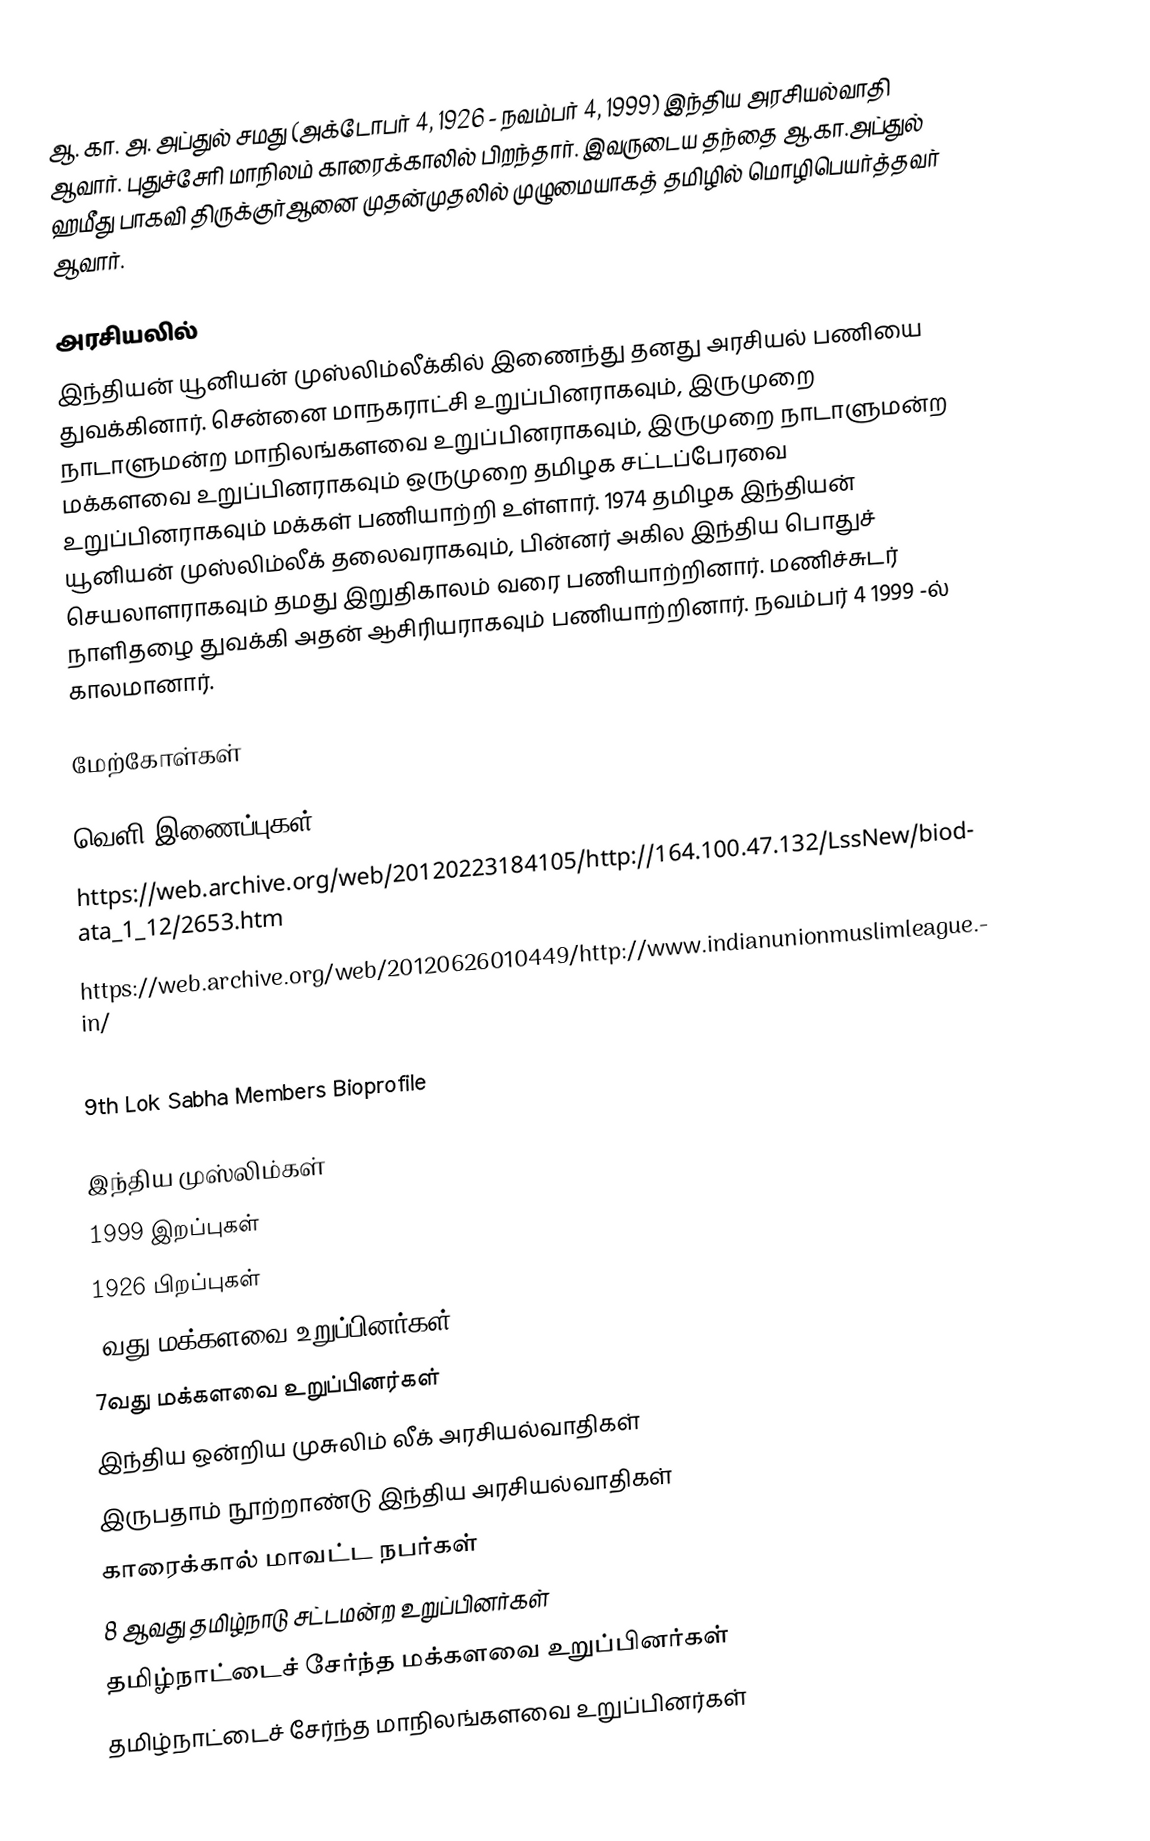
ஆ. கா. அ. அப்துல் சமது (அக்டோபர் 4, 1926 - நவம்பர் 4, 1999) இந்திய அரசியல்வாதி ஆவார். புதுச்சேரி மாநிலம் காரைக்காலில் பிறந்தார். இவருடைய தந்தை ஆ.கா.அப்துல் ஹமீது பாகவி திருக்குர்ஆனை முதன்முதலில் முழுமையாகத் தமிழில் மொழிபெயர்த்தவர் ஆவார்.

அரசியலில்
இந்தியன் யூனியன் முஸ்லிம்லீக்கில் இணைந்து தனது அரசியல் பணியை துவக்கினார். சென்னை மாநகராட்சி  உறுப்பினராகவும், இருமுறை நாடாளுமன்ற மாநிலங்களவை உறுப்பினராகவும், இருமுறை நாடாளுமன்ற மக்களவை உறுப்பினராகவும் ஒருமுறை தமிழக சட்டப்பேரவை உறுப்பினராகவும் மக்கள் பணியாற்றி உள்ளார். 1974 தமிழக இந்தியன் யூனியன் முஸ்லிம்லீக் தலைவராகவும், பின்னர் அகில இந்திய பொதுச் செயலாளராகவும் தமது இறுதிகாலம் வரை பணியாற்றினார். மணிச்சுடர் நாளிதழை துவக்கி அதன் ஆசிரியராகவும் பணியாற்றினார். நவம்பர் 4 1999 -ல் காலமானார்.

மேற்கோள்கள்

வெளி இணைப்புகள்
 https://web.archive.org/web/20120223184105/http://164.100.47.132/LssNew/biodata_1_12/2653.htm
 https://web.archive.org/web/20120626010449/http://www.indianunionmuslimleague.in/
 https://web.archive.org/web/20160304055815/http://parliamentofindia.nic.in/lsdeb/ls12/ses4/01210499.htm
9th Lok Sabha Members Bioprofile

இந்திய முஸ்லிம்கள்
1999 இறப்புகள்
1926 பிறப்புகள்
9வது மக்களவை உறுப்பினர்கள்
7வது மக்களவை உறுப்பினர்கள்
இந்திய ஒன்றிய முசுலிம் லீக் அரசியல்வாதிகள்
இருபதாம் நூற்றாண்டு இந்திய அரசியல்வாதிகள்
காரைக்கால் மாவட்ட நபர்கள்
8 ஆவது தமிழ்நாடு சட்டமன்ற உறுப்பினர்கள்
தமிழ்நாட்டைச் சேர்ந்த மக்களவை உறுப்பினர்கள்
தமிழ்நாட்டைச் சேர்ந்த மாநிலங்களவை உறுப்பினர்கள்